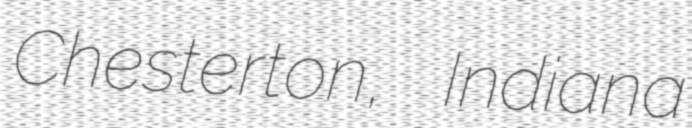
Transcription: Chesterton, Indiana